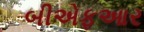
બીએફઆર